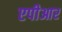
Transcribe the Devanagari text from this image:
एपीआर